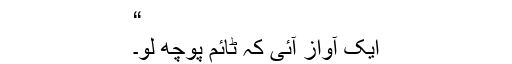
“
ایک آواز آئی کہ ٹائم پوچھ لو۔